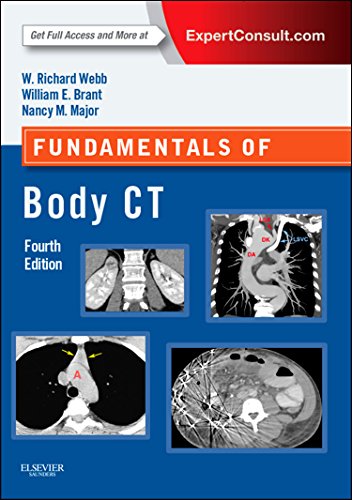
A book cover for Fundamentals of Body CT, 4e (Fundamentals of Radiology); W. Richard Webb; Medical Books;